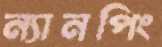
ন্যানপিং